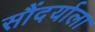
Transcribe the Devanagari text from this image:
सौंदर्याला